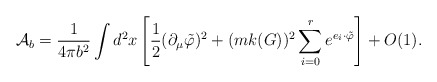
\begin{align*}{\cal A}_b=\frac{1}{4\pi b^2} \int d^2x\left[ \frac 1{2 }(\partial _\mu\tilde{\varphi} )^2+(mk(G))^2\sum_{i=0}^re^{e_i\cdot\tilde{ \varphi}}\right]+O(1).\end{align*}